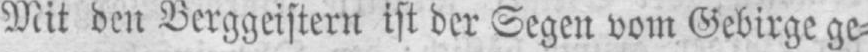
Mit den Berggeistern ist der Segen vom Gebirge ge⸗